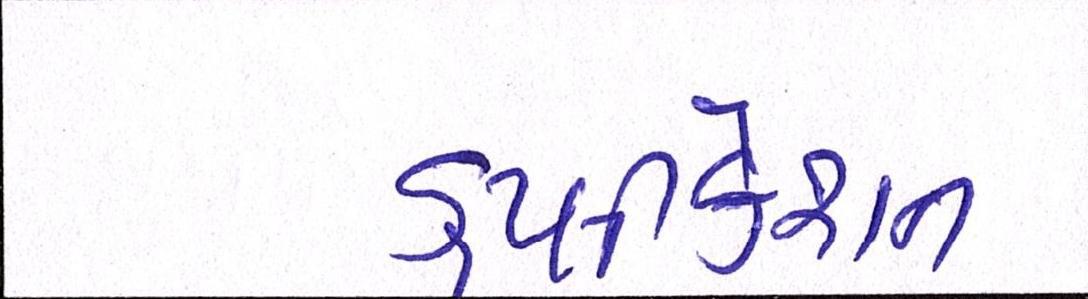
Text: ડુપ્લીકેશન